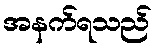
အနက်ရသည်